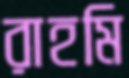
রাহমি